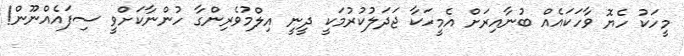
މީހަކު ހެޔޮ ވާހަކައެއް ބުނާއިރަށް އެމީހަކާ ޖަދަލުކުރުމަކީ ދީނީ އިލްމުވެރިންގާ ހުންނާކަށްވީ ސިފައެއްނޫން!